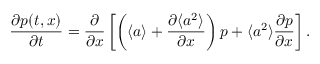
\frac { \partial p ( t , x ) } { \partial t } = \frac { \partial } { \partial x } \left[ \left( \langle a \rangle + \frac { \partial \langle a ^ { 2 } \rangle } { \partial x } \right) p + \langle a ^ { 2 } \rangle \frac { \partial p } { \partial x } \right] .